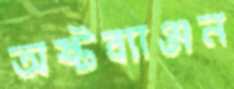
অষ্টব্যাঞ্জন